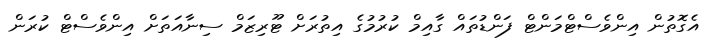
އެގޮތުން އިންވެސްޓްމަންޓް ފަންޑުތައް ގާއިމް ކުރުމުގެ އިތުރަށް ޓޫރިޒަމް ސިނާއަތަށް އިންވެސްޓް ކުރަން